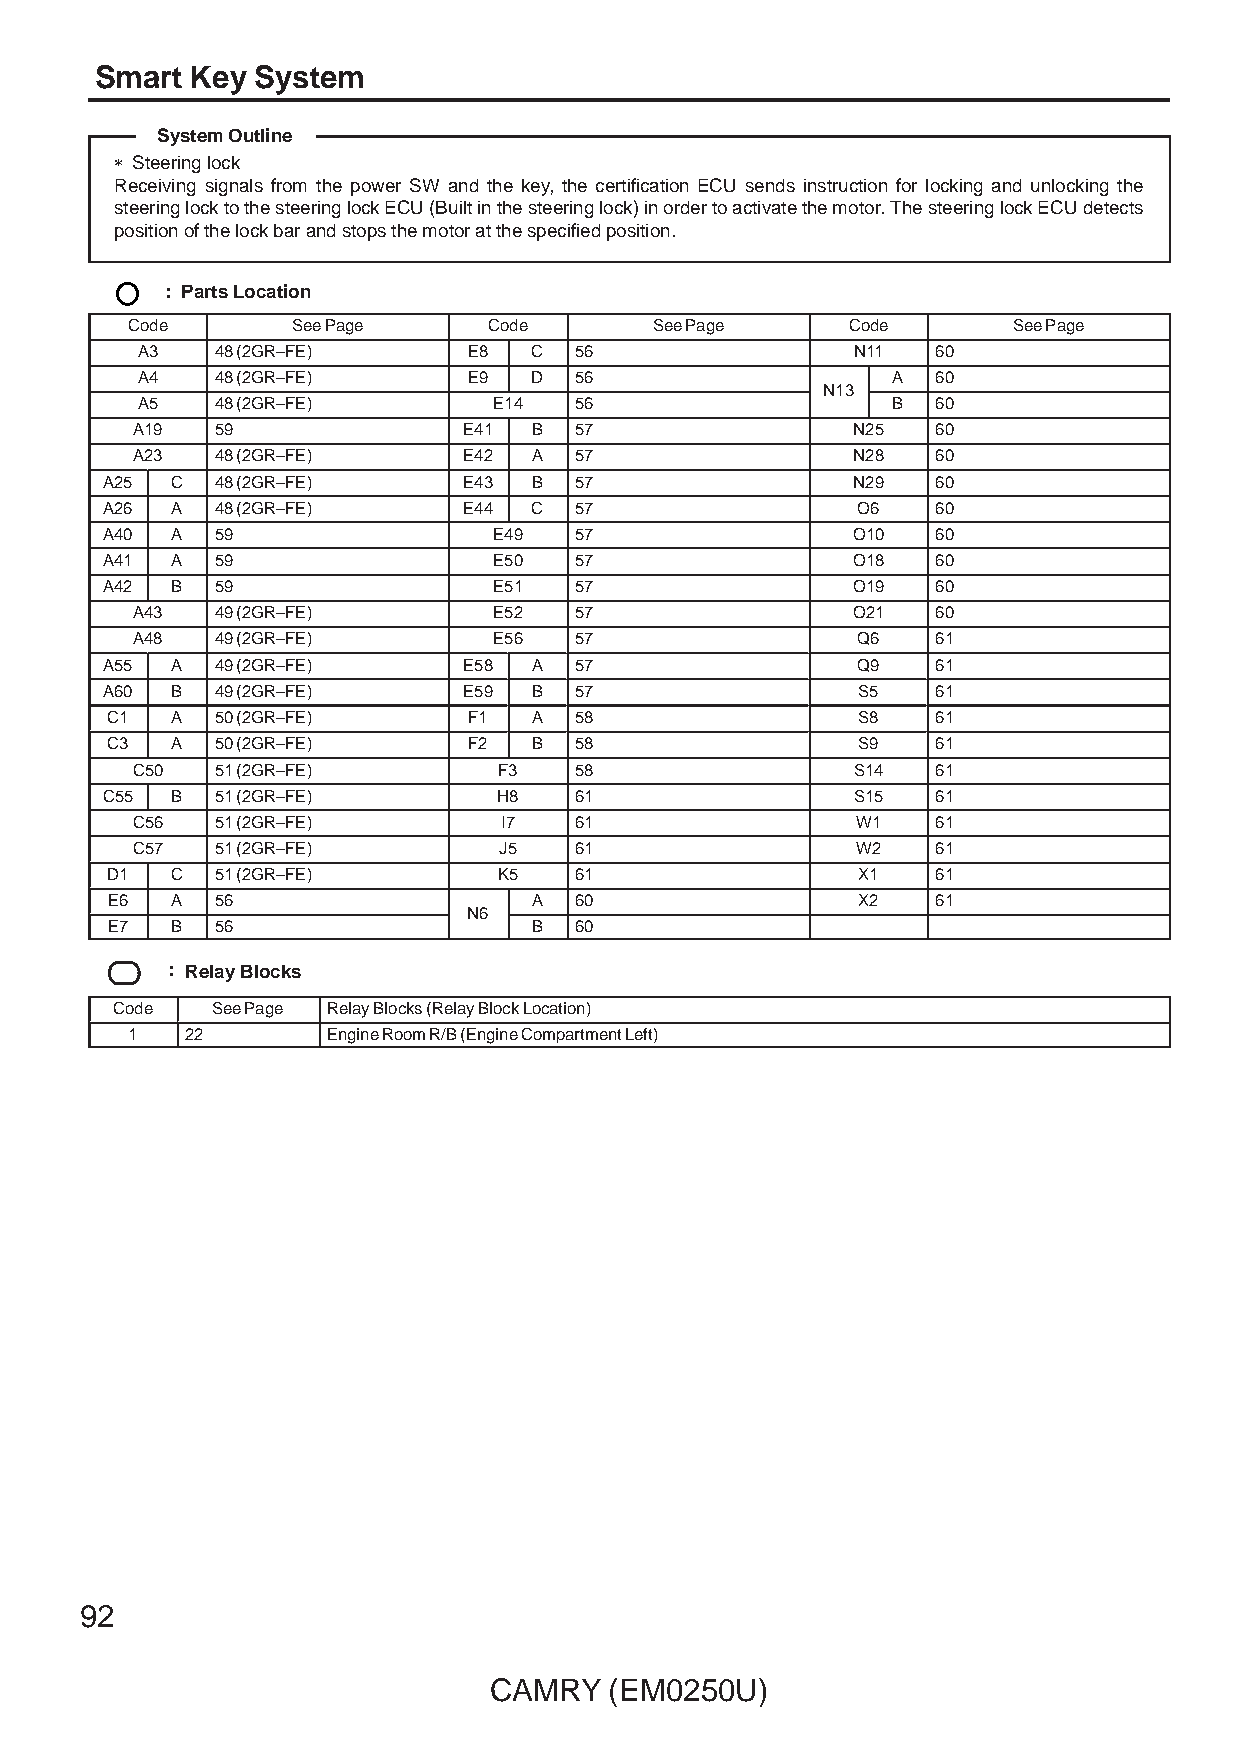
Smart  Key System
 System Outline
 ∗ Steering lock
 Receiving signals from the power SW and the key, the certification ECU sends instruction for locking and unlocking the
 steering lock to the steering lock ECU (Built in the steering lock) in order to activate the motor. The steering lock ECU detects
 position of the lock bar and stops the motor at the specified position.
 : Parts Location
 Code       See Page     Code       See Page     Code       See Page
 A3   48 (2GR–FE)      E8  C  56                 N11  60
 A4   48 (2GR–FE)      E9  D  56                   A  60
 NN1133
 A5   48 (2GR–FE)        E14  56                   B  60
 A19  59               E41 B  57                N25   60
 A23  48 (2GR–FE)      E42 A  57                N28   60
 A25 C  48 (2GR–FE)      E43 B  57                N29   60
 A26 A  48 (2GR–FE)      E44 C  57                 O6   60
 A40 A  59                 E49  57                O10   60
 A41 A  59                 E50  57                O18   60
 A42 B  59                 E51  57                O19   60
 A43  49 (2GR–FE)        E52  57                O21   60
 A48  49 (2GR–FE)        E56  57                 Q6   61
 A55 A  49 (2GR–FE)      E58 A  57                 Q9   61
 A60 B  49 (2GR–FE)      E59 B  57                 S5   61
 C1  A  50 (2GR–FE)      F1  A  58                 S8   61
 C3  A  50 (2GR–FE)      F2  B  58                 S9   61
 C50  51 (2GR–FE)        F3   58                 S14  61
 C55 B  51 (2GR–FE)        H8   61                 S15  61
 C56  51 (2GR–FE)        I7   61                 W1   61
 C57  51 (2GR–FE)        J5   61                 W2   61
 D1  C  51 (2GR–FE)        K5   61                 X1   61
 E6  A  56                   A  60                 X2   61
 NN66
 E7  B  56                   B  60
 : Relay Blocks
 Code   See Page Relay Blocks (Relay Block Location)
 1   22        Engine Room R/B (Engine Compartment Left)
 92
 CAMRY   (EM0250U)